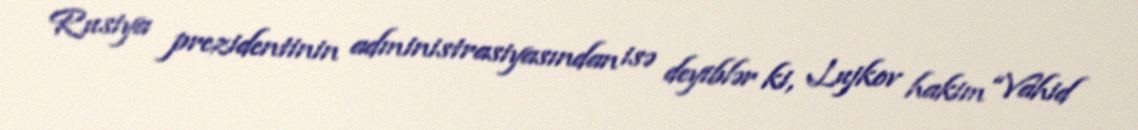
Rusiya prezidentinin administrasiyasından isə deyiblər ki, Lujkov hakim “Vahid